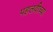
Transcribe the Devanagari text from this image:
पहलवीच्या